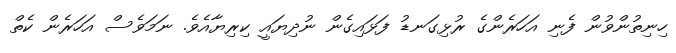
ހިނިތުންވުން ފެނި އަހަރެންގެ ރުޅިގަނޑު ފަޅައިގެން ނުދިޔައީ ކިރިޔާއެވެ. ނަމަވެސް އަހަރެން ކެތް